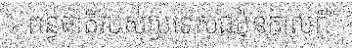
ពន្ធជាតិរបស់ប្រទេសជប៉ុនកាលពី